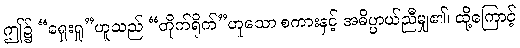
ဤ၌ “ရှေးရှု”ဟူသည် “တိုက်ရိုက်”ဟူသော စကားနှင့် အဓိပ္ပာယ်ညီမျှ၏၊ ထို့ကြောင့်